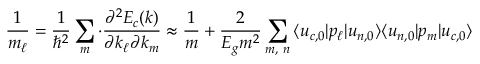
{ \frac { 1 } { { m } _ { \ell } } } = { \frac { 1 } { \hbar ^ { 2 } } } \sum _ { m } \cdot { \frac { \partial ^ { 2 } E _ { c } ( { \boldsymbol { k } } ) } { \partial k _ { \ell } \partial k _ { m } } } \approx { \frac { 1 } { m } } + { \frac { 2 } { E _ { g } m ^ { 2 } } } \sum _ { m , \ n } { \langle u _ { c , 0 } | p _ { \ell } | u _ { n , 0 } \rangle } { \langle u _ { n , 0 } | p _ { m } | u _ { c , 0 } \rangle }